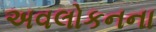
અવલોકનના